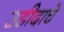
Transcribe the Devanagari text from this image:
उडीदाचे